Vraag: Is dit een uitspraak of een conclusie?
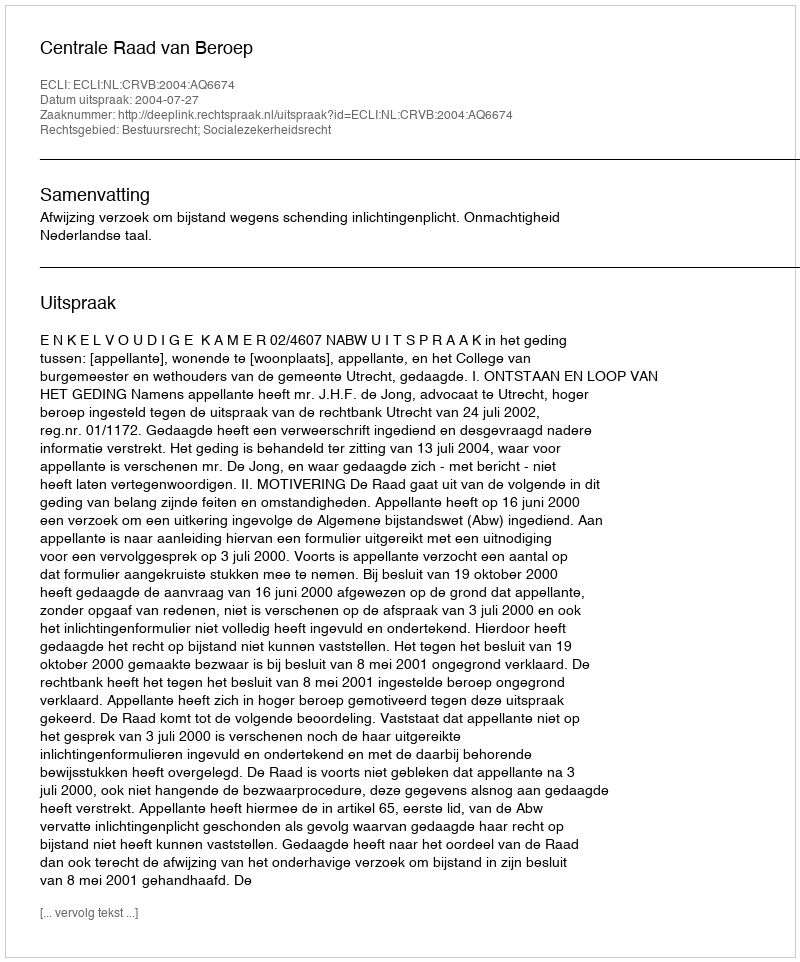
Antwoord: Uitspraak